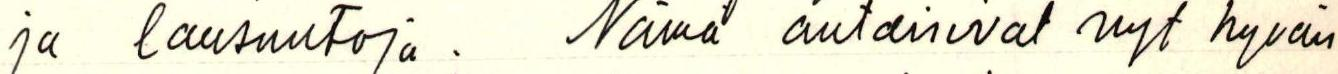
ja lausuntoja. Nämä antaisivat nyt hyvän